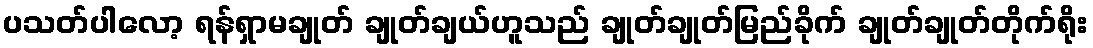
ပသတ်ပါလော့ ရန်ရှာမချုတ် ချုတ်ချယ်ဟူသည် ချုတ်ချုတ်မြည်ခိုက် ချုတ်ချုတ်တိုက်ရိုး